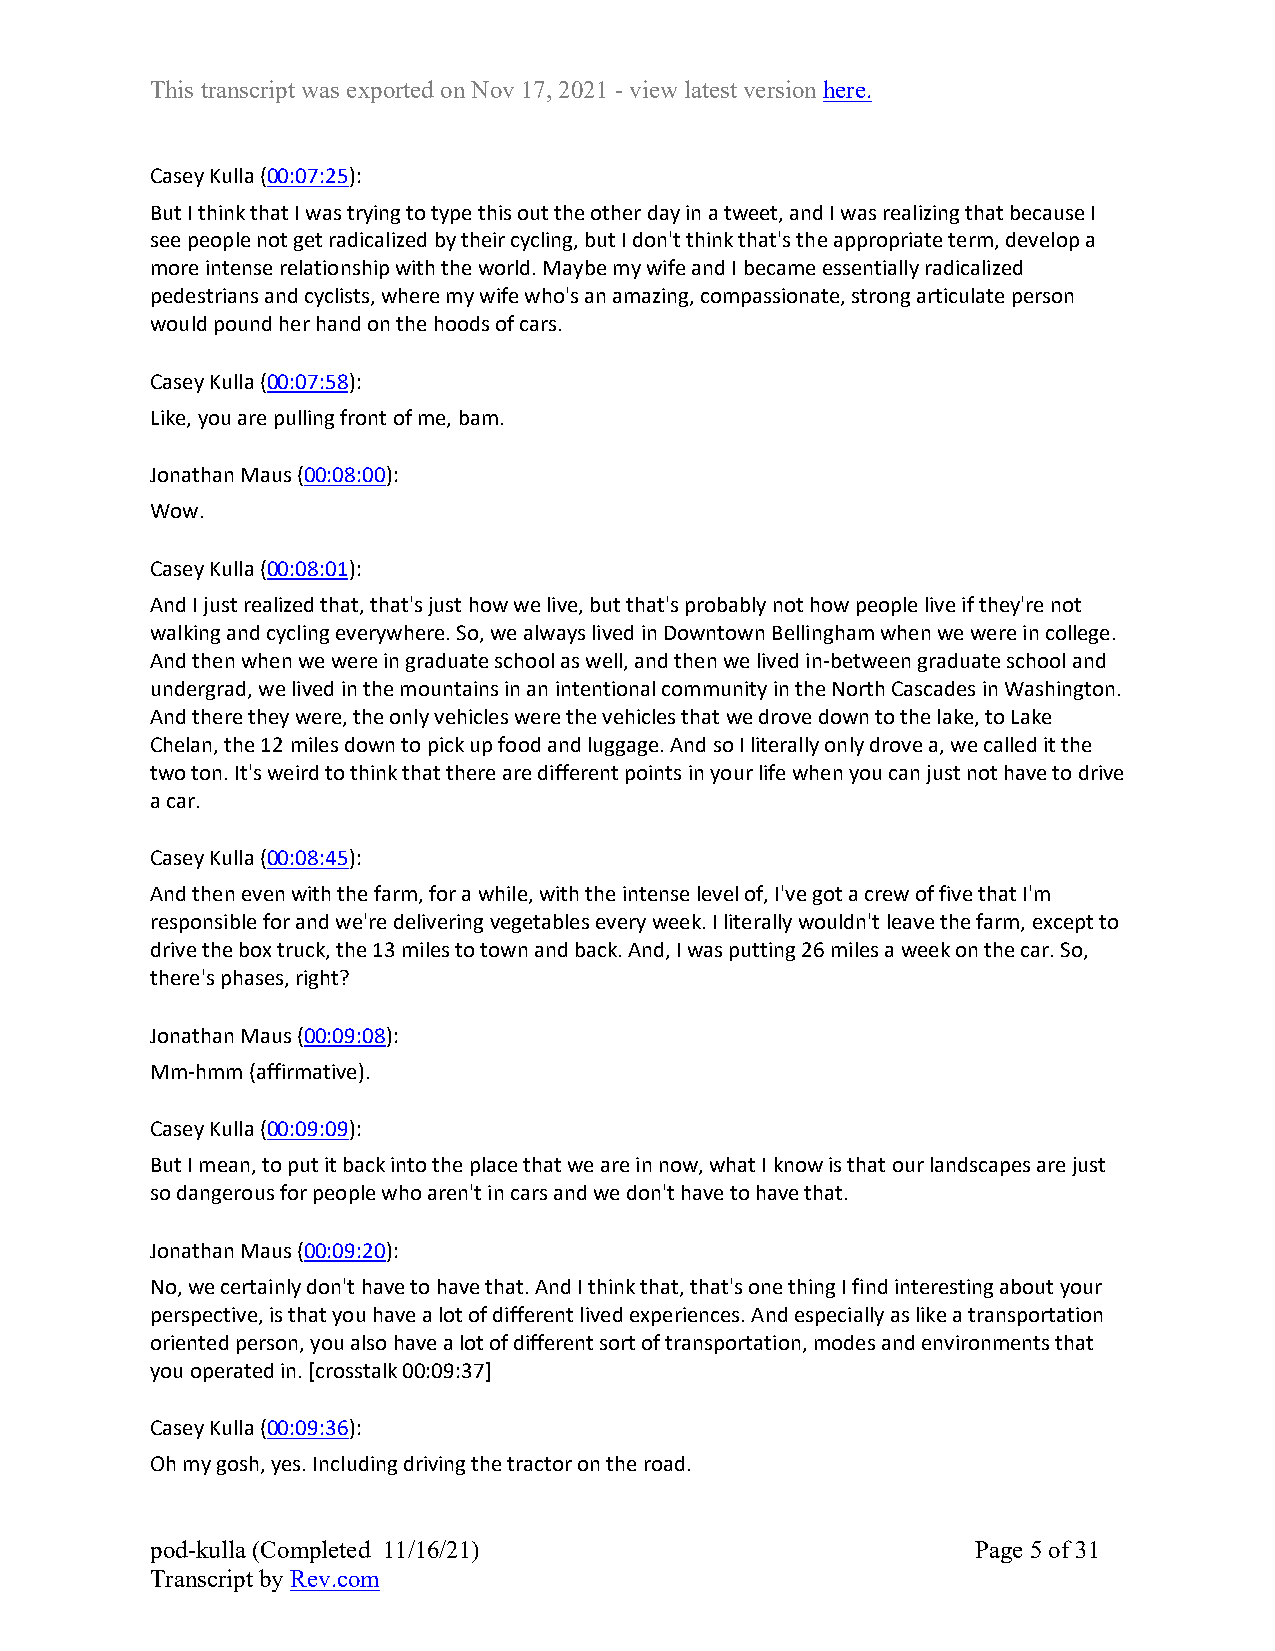
This transcript was exported on Nov 17, 2021 - view latest version here.
 Casey Kulla (00:07:25):
 But I think that I was trying to type this out the other day in a tweet, and I was realizing that because I
 see people not get radicalized by their cycling, but I don't think that's the appropriate term, develop a
 more intense relationship with the world. Maybe my wife and I became essentially radicalized
 pedestrians and cyclists, where my wife who's an amazing, compassionate, strong articulate person
 would pound her hand on the hoods of cars.
 Casey Kulla (00:07:58):
 Like, you are pulling front of me, bam.
 Jonathan Maus (00:08:00):
 Wow.
 Casey Kulla (00:08:01):
 And I just realized that, that's just how we live, but that's probably not how people live if they're not
 walking and cycling everywhere. So, we always lived in Downtown Bellingham when we were in college.
 And then when we were in graduate school as well, and then we lived in-between graduate school and
 undergrad, we lived in the mountains in an intentional community in the North Cascades in Washington.
 And there they were, the only vehicles were the vehicles that we drove down to the lake, to Lake
 Chelan, the 12 miles down to pick up food and luggage. And so I literally only drove a, we called it the
 two ton. It's weird to think that there are different points in your life when you can just not have to drive
 a car.
 Casey Kulla (00:08:45):
 And then even with the farm, for a while, with the intense level of, I've got a crew of five that I'm
 responsible for and we're delivering vegetables every week. I literally wouldn't leave the farm, except to
 drive the box truck, the 13 miles to town and back. And, I was putting 26 miles a week on the car. So,
 there's phases, right?
 Jonathan Maus (00:09:08):
 Mm-hmm (affirmative).
 Casey Kulla (00:09:09):
 But I mean, to put it back into the place that we are in now, what I know is that our landscapes are just
 so dangerous for people who aren't in cars and we don't have to have that.
 Jonathan Maus (00:09:20):
 No, we certainly don't have to have that. And I think that, that's one thing I find interesting about your
 perspective, is that you have a lot of different lived experiences. And especially as like a transportation
 oriented person, you also have a lot of different sort of transportation, modes and environments that
 you operated in. [crosstalk 00:09:37]
 Casey Kulla (00:09:36):
 Oh my gosh, yes. Including driving the tractor on the road.
 pod-kulla (Completed 11/16/21)                         Page 5 of 31
 Transcript by Rev.com